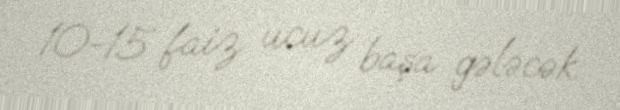
10-15 faiz ucuz başa gələcək.